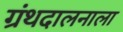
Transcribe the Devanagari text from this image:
ग्रंथदालनाला